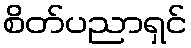
စိတ်ပညာရှင်